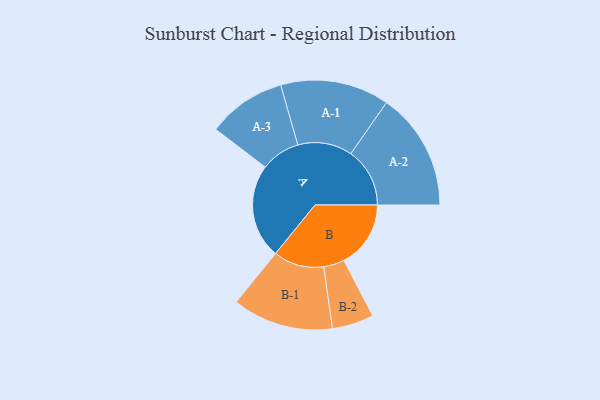
{"axis": {"x": "Segment", "y": "Value"}, "legend": ["", "A", "B"], "data": [{"x": "A", "y": 480, "type": ""}, {"x": "B", "y": 340, "type": ""}, {"x": "A-1", "y": 277, "type": "A"}, {"x": "A-2", "y": 300, "type": "A"}, {"x": "A-3", "y": 200, "type": "A"}, {"x": "B-1", "y": 257, "type": "B"}, {"x": "B-2", "y": 106, "type": "B"}]}